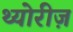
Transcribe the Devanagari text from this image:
थ्योरीज़